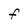
Character: F